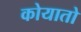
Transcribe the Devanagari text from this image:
कोयातो